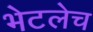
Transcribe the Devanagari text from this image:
भेटलेच